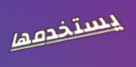
يستخدمها